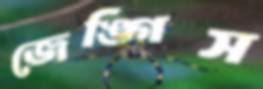
জেঙ্গিস